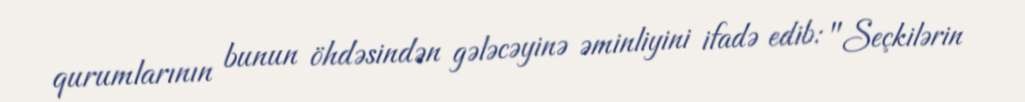
qurumlarının bunun öhdəsindən gələcəyinə əminliyini ifadə edib: "Seçkilərin